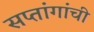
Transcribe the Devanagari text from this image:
सप्तांगांची